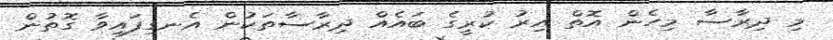
މި ދިރާސާ މިހެން އޮތް އިރު ކުރީގެ ބައެއް ދިރާސާތަކުން އެނގިފައިވާ ގޮތުން